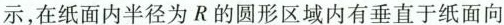
示，在纸面内半径为R的圆形区域内有垂直于纸面向